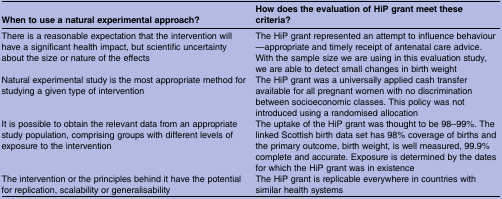
| When to use a natural experimental approach? | How does the evaluation of HiP grant meet these criteria? |
 | --- | --- |
 | There is a reasonable expectation that the intervention will have a significant health impact, but scientific uncertainty about the size or nature of the effects | The HiP grant represented an attempt to influence behaviour—appropriate and timely receipt of antenatal care advice. With the sample size we are using in this evaluation study, we are able to detect small changes in birth weight |
 | Natural experimental study is the most appropriate method for studying a given type of intervention | The HiP grant was a universally applied cash transfer available for all pregnant women with no discrimination between socioeconomic classes. This policy was not introduced using a randomised allocation |
 | It is possible to obtain the relevant data from an appropriate study population, comprising groups with different levels of exposure to the intervention | The uptake of the HiP grant was thought to be 98–99%. The linked Scottish birth data set has 98% coverage of births and the primary outcome, birth weight, is well measured, 99.9% complete and accurate. Exposure is determined by the dates for which the HiP grant was in existence |
 | The intervention or the principles behind it have the potential for replication, scalability or generalisability | The HiP grant is replicable everywhere in countries with similar health systems |